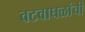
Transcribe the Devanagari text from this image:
वटवाघळांची